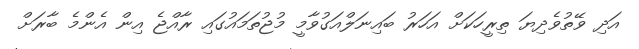
އަދި ވޭތުވެދިޔަ ތިރީހަކަށް އަހަރު ބައިނަލްއަގުވާމީ މުޖުތަމައުގައި ރާއްޖެ އިން އެންމެ ބާރަށް